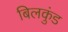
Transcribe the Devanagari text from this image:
बिलकुंड